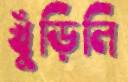
খুঁড়িলি